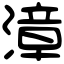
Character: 漳